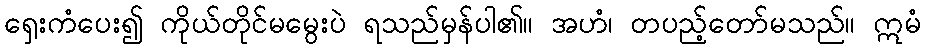
ရှေးကံပေး၍ ကိုယ်တိုင်မမွေးပဲ ရသည်မှန်ပါ၏။ အဟံ၊ တပည့်တော်မသည်။ ဣမံ